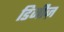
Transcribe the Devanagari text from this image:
डिजीज़